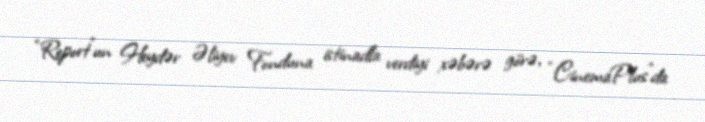
“Report”un Heydər Əliyev Fonduna istinadla verdiyi xəbərə görə, “CinemaPlus”da